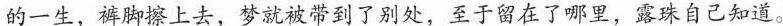
的一生，裤脚擦上去，梦就被带到了别处，至于留在了哪里，露珠自己知道。